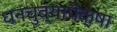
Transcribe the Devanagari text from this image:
धनचुव्यापेक्षा